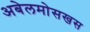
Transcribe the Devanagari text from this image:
अबेलमोसखस